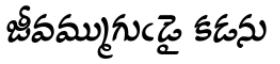
జీవమ్ముగుఁడై కడను